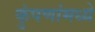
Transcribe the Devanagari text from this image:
कुंपणांमध्ये